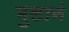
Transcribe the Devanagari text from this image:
मुलानं